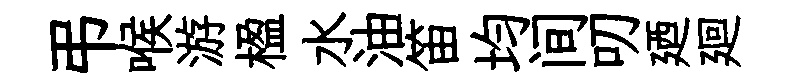
弔喉游楹水油笛均间叨廼廻